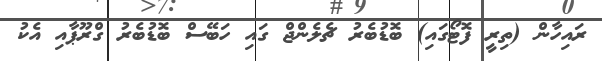
ރައިހާން (ތިރީ ފޮޓޯގައި) ބޮޑުބެރު ޗެލެންޖް ގައި ހަބޭސް ބޮޑުބެރު ގްރޫޕާއި އެކު